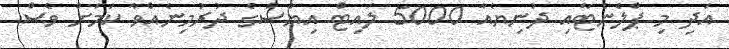
އަދި މި ޕްލެނެޓާއި ދުނިޔެއާ 5000 ލައިޓް އިޔާސްގެ ދުރުމިނެއްވާ ކަމަށް ވެސް